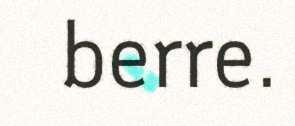
berre.